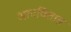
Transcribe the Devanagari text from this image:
आटवितात